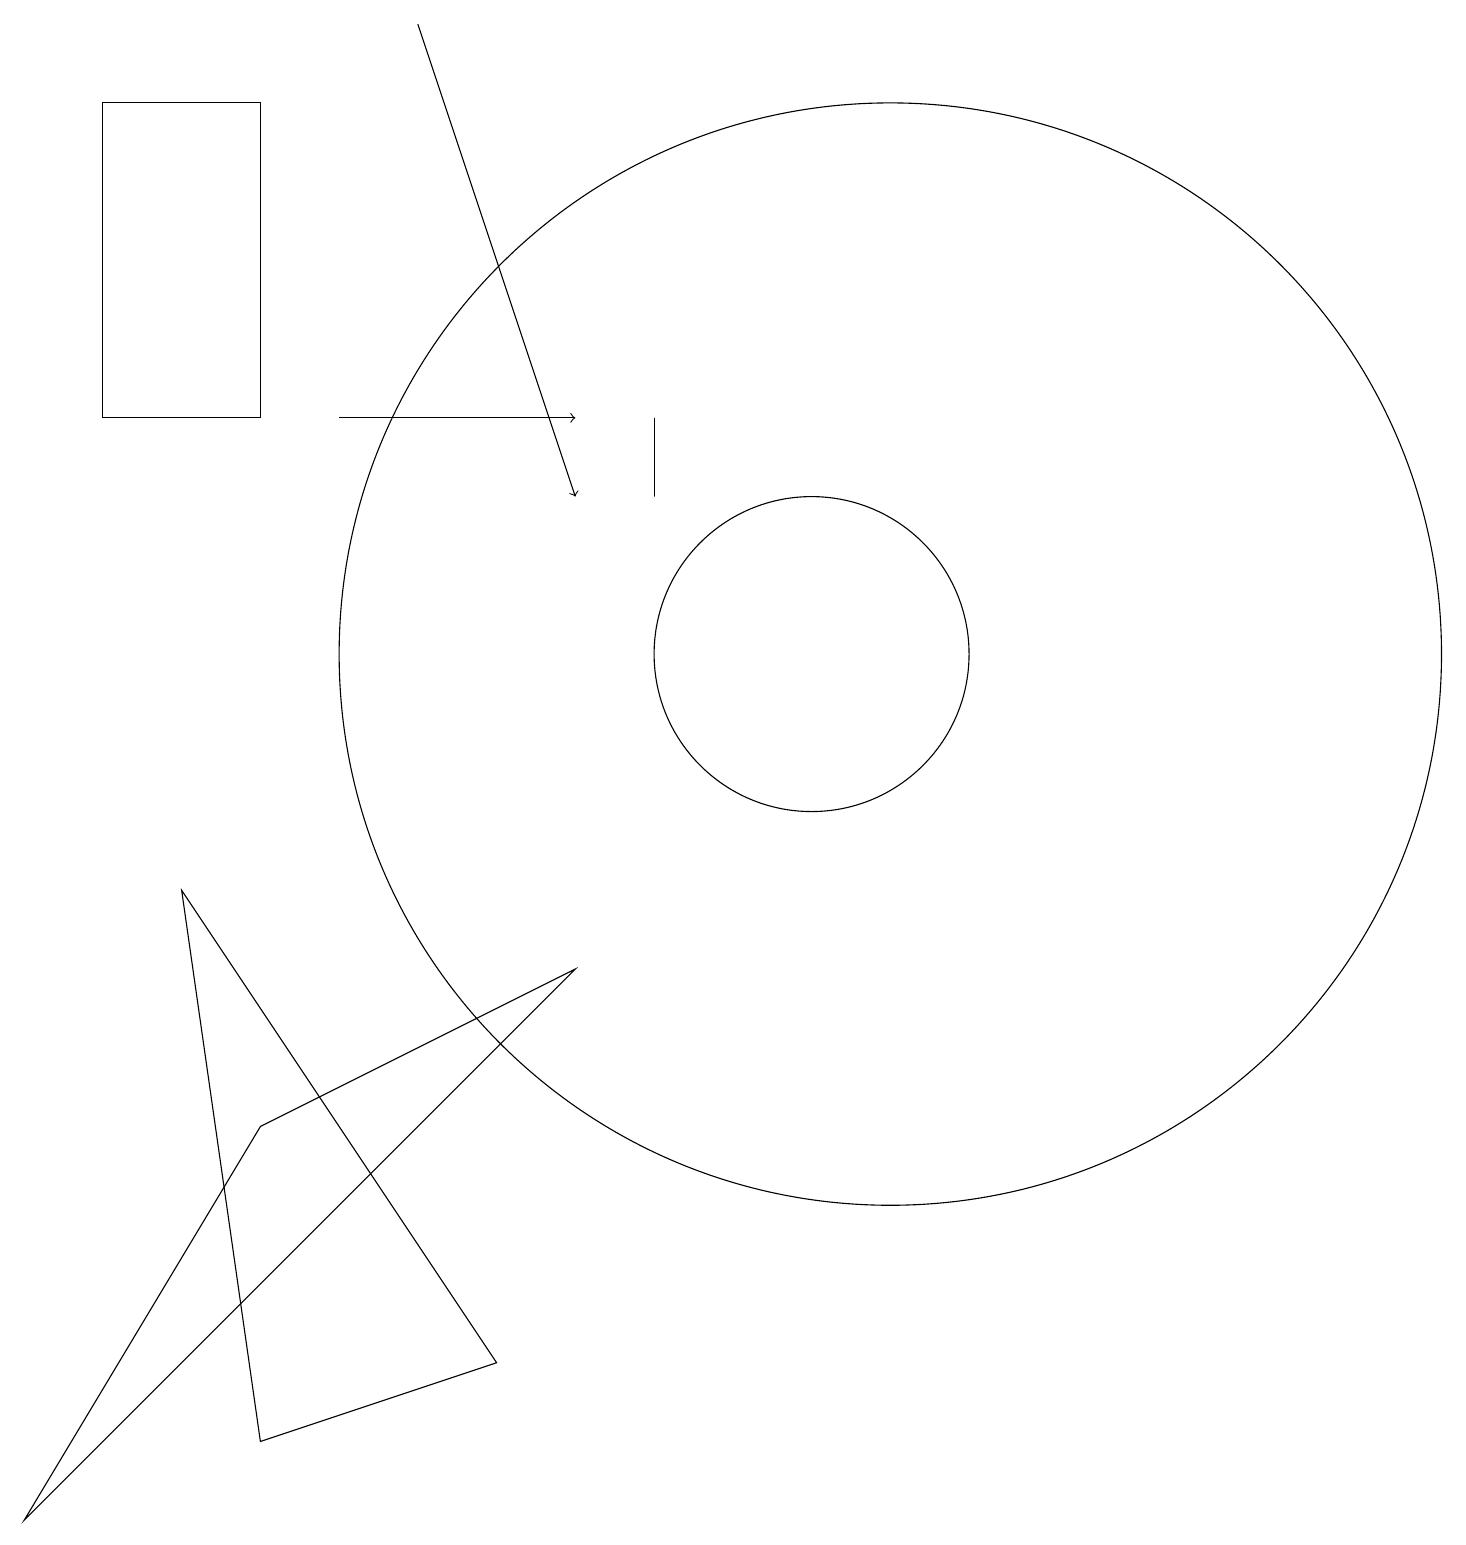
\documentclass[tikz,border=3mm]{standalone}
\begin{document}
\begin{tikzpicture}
\draw (11,11) circle (7);
\draw[->] (5,19) -- (7,13);
\draw (8,13) rectangle (8,14);
\draw (6,2) -- (3,1) -- (2,8) -- cycle;
\draw (3,18) rectangle (1,14);
\draw (10,11) circle (2);
\draw (3,5) -- (0,0) -- (7,7) -- cycle;
\draw[->] (4,14) -- (7,14);
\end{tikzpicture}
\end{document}